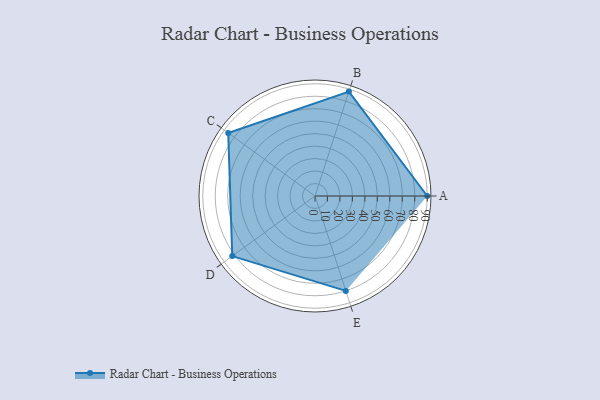
{"axis": {"x": "Skill", "y": "Score"}, "legend": ["Profile"], "data": [{"x": "A", "y": 90.0, "type": "Profile"}, {"x": "B", "y": 88.0, "type": "Profile"}, {"x": "C", "y": 86.0, "type": "Profile"}, {"x": "D", "y": 82.0, "type": "Profile"}, {"x": "E", "y": 80.0, "type": "Profile"}]}